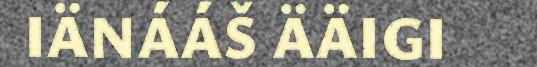
IÄNÁÁŠ ÄÄIGI